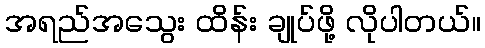
အရည်အသွေး ထိန်း ချုပ်ဖို့ လိုပါတယ်။